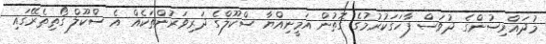
މުދައްރިސުންގެ ދުވަސް ފާހަގަކުރުމުގެ ގޮތުން އަމީނިއްޔާ ސްކޫލްގެ ދަރިވަރުންތަކެއް އެ ސްކޫލް ގޯތިތެރޭގައި